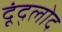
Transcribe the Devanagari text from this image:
दूंद्लोद